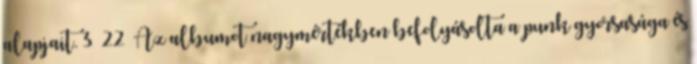
alapjait. 3 22 Az albumot nagymértékben befolyásolta a punk gyorsasága és